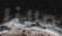
مالنا